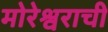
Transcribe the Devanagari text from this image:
मोरेश्वराची